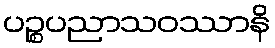
ပဉ္စပညာသဝဿာနိ